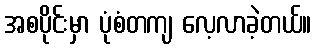
အစပိုင်းမှာ ပုံစံတကျ လေ့လာခဲ့တယ်။